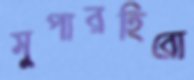
সুপারহিরো